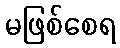
မဖြစ်စေရ